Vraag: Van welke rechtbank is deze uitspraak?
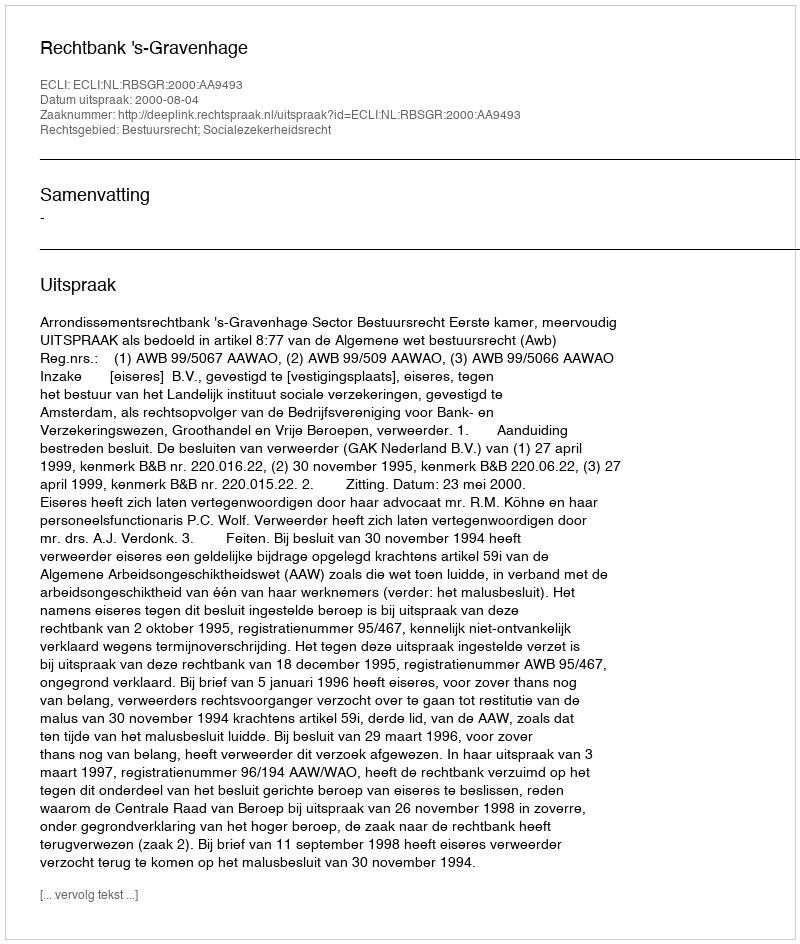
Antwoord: Rechtbank 's-Gravenhage